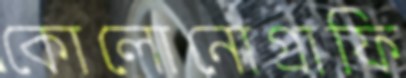
কোলোনোগ্রাফি